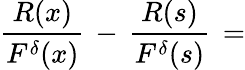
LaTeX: \frac{R(x)}{F^{\delta}(x)}\, -\, \frac{R(s)}{F^{\delta}(s)}\, =